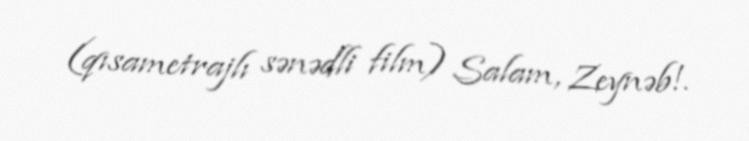
(qısametrajlı sənədli film) Salam, Zeynəb!.